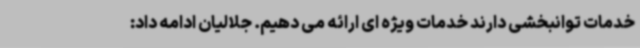
خدمات توانبخشی دارند خدمات ویژه ای ارائه می دهیم. جلالیان ادامه داد: